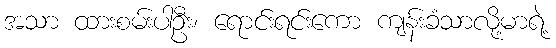
အသာ ထားစမ်းပါဦး၊ ရောင်းရင်းကော ကျန်းခံသာလို့မာရဲ့